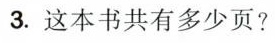
3.这本书共有多少页?